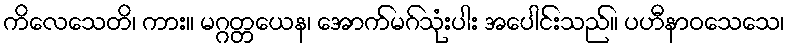
ကိလေသေတိ၊ ကား။ မဂ္ဂတ္တယေန၊ အောက်မဂ်သုံးပါး အပေါင်းသည်။ ပဟီနာဝသေသေ၊